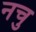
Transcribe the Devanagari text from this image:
नचु